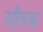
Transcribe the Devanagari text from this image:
साँतवा